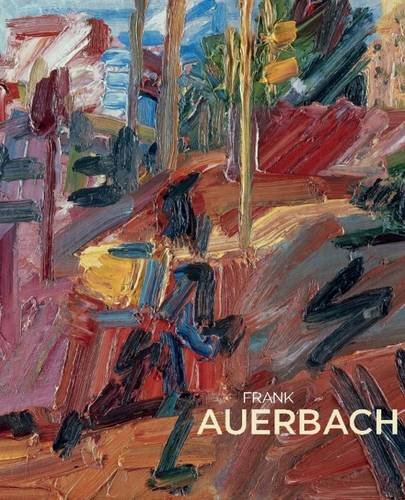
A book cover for Frank Auerbach; T. J. Clark; Arts & Photography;